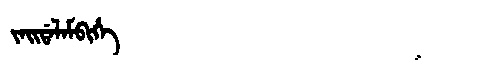
Manchu: ᠵᠠᡳᡩᠠᠯᠠᠮᠪᡳᡥᡝ
Romanization: JAIDALAMBIHE